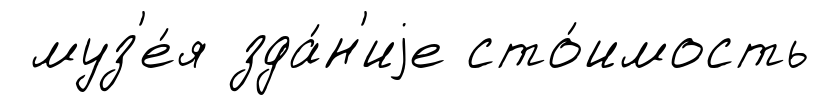
муз'е́я зда́н'иjе сто́имость